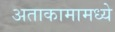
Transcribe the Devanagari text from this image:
अताकामामध्ये